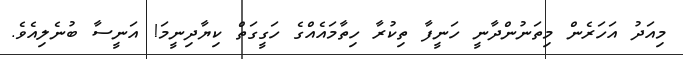
މިއަދު އަހަރެން މިތަނުންދާނީ ހަނީފާ ތިކުރާ ހިތާމައެއްގެ ހަގީގަތް ކިޔާދިނީމަ! އަނީސާ ބުނެލިއެވެ.